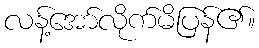
လန့်အော်လိုက်မိပြန်၏။